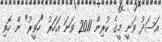
އަސަދު ވަނީ މީގެ ކުރިން 2011 ވަނަ އަހަރު "ހަވީރު" ން ހޮވި